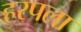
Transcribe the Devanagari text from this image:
हरपला